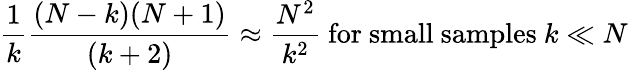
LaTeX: {\frac{1}{k}}{\frac{(N-k)(N+1)}{(k+2)}}\approx{\frac{N^{2}}{k^{2}}}{\mathrm{~for~small~samples~}}k\ll N